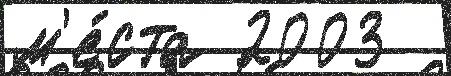
м'е́ста 2003